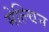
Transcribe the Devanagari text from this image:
मेल्चिन